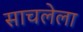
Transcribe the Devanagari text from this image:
साचलेला